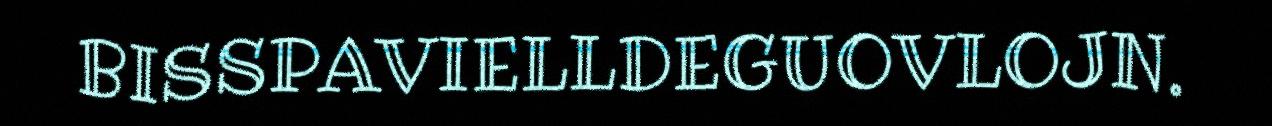
BISSPAVIELLDEGUOVLOJN.